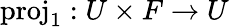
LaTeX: {\mathrm{proj}}_{1}:U\times F\rightarrow U